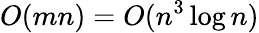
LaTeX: O(mn)=O(n^{3}\log n)